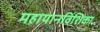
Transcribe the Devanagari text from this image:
महायानविंशिका